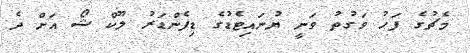
މެޗުގެ ފަހު ވަގުތު ވަނީ ޔުނައިޓެޑުގެ ޑިފެންޑަރު ލޫކް ޝޯ އަށް ދެ